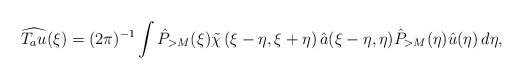
\begin{align*} \widehat{T_au}(\xi)=(2\pi)^{-1}\int \hat{P}_{>M}(\xi)\tilde \chi\left(\xi - \eta, \xi + \eta \right) \hat{a}(\xi-\eta,\eta)\hat{P}_{>M}(\eta)\hat{u}(\eta)\,d\eta,\end{align*}